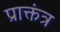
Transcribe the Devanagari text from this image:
प्राक्तंत्र